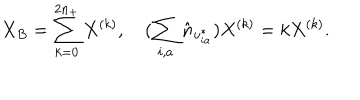
X _ { B } = \sum _ { k = 0 } ^ { 2 n _ { + } } X ^ { ( k ) } , \quad ( \sum _ { i , a } \hat { n } _ { u _ { i a } ^ { * } } ) X ^ { ( k ) } = k X ^ { ( k ) } .